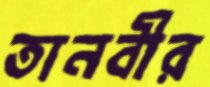
তানবীর